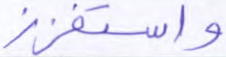
واستفزز